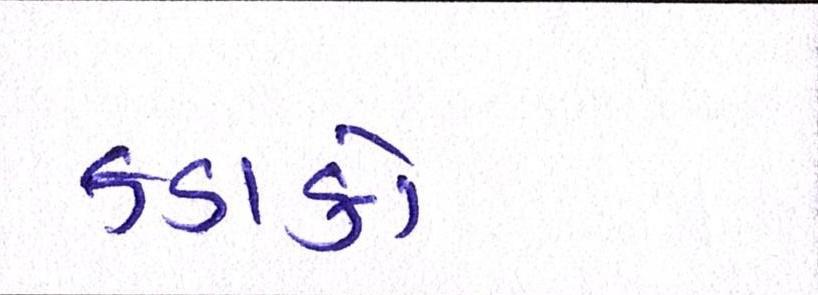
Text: કડાકો